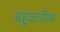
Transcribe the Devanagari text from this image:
बहुकायिक